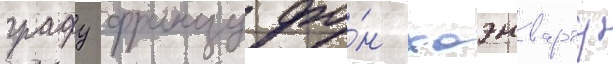
графу францу фо́н хоэнварту